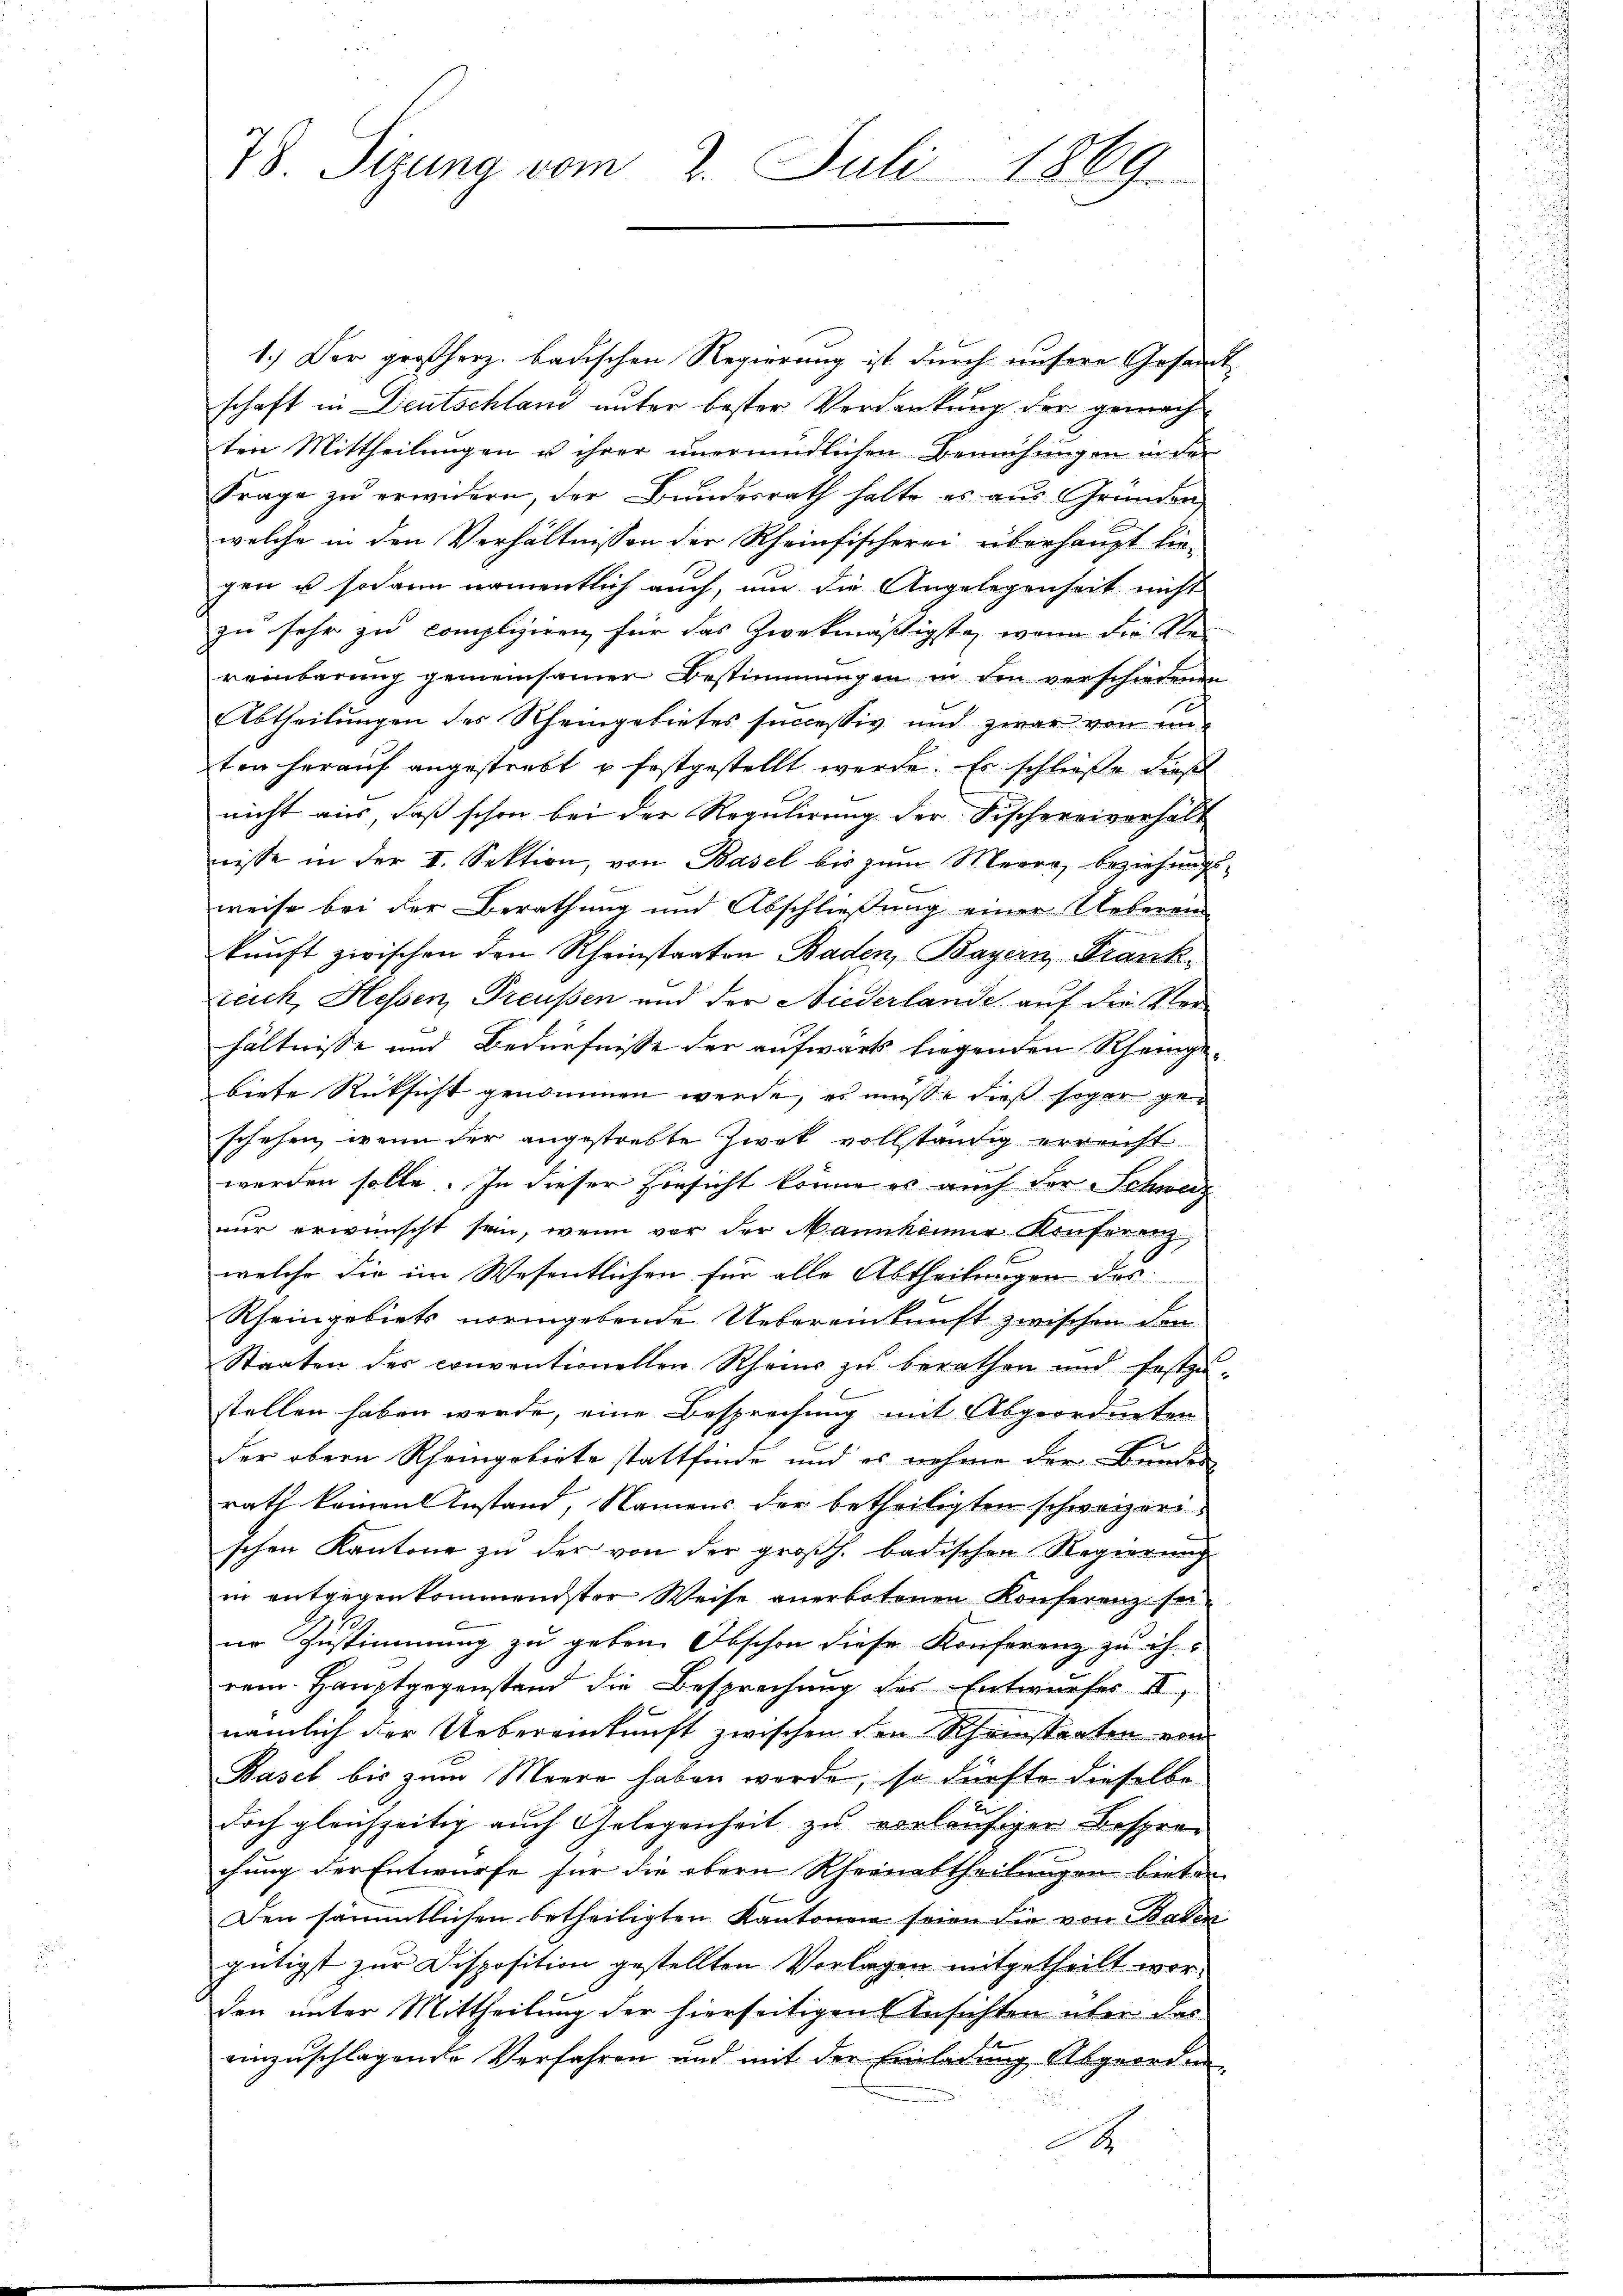
78. Sizung vom 2. Juli 1869.

1.) Der großherz. badischen Regierung ist durch unsere Gesandt
schaft in Deutschland unter bester Verdankung der gemach
ten Mittheilungen u ihrer unermündlichen Bemühungen in der
Frage zu erwidern, der Bundesrath halte es aus Gründen
welche in den Verhältnissen der Rheinfischerei überhaupt hie-
gen u sodann namentlich auch, um die Angelegenheit nicht
zu sehr zu compliziren für das Zweckmäßigste, wenn die Klei
reinbarung gemeinsamer Bestimmungen in den verschiedenen
Abtheilungen des Rheingebietes successiv und zwar von unten herauf angestrebt u. festgestellt werde. Es schließe dieses
nicht aus, daß schon bei der Regulirung der Fischereiverhalt
nisse in der I. Sektion, von Basel bis zŭm Meere, beziehŭngs-
weise bei der Berathung und Abschließung einer Ueberei
kunft zwischen den Rheinstaaten Baden, Bayern, Franksreich, Hessen, Preußen und der Niederlande auf die Verhältnisse und Bedürfnisse der aufwärts liegenden Scheingebiete Rücksicht genommen werde, es müße dies sogar geschehen, wenn der angestrebte Zwek vollständig erreicht
werden solle. In dieser Hinsicht könne es auch der Schweiz
nur erwünscht sein, wenn vor der Mannkönner Konferenz,
welche die im Wesentlichen für alle Abtheilungen des
Rheingebiets normgebende Uebereinkunft zwischen den
Staaten des conventionellen Rheins zu berathen und festzu-
Bernennun
stellen haben werde, eine Besprechung mit Abgeordneten
der obern Rheingebiete stattfinde und es nehme der Bunder
rath keinen Anstand, Namens der betheiligten schweizerischen Kantone zu der von der großh. badischen Regierung
in entgegenkommendster Weise anerbotenen Konferenz seine Zustimmung zu geben. Obschon diese Konferenz zu ih-
rem Hauptgegenstand die Besprechung des Entwurfes. II,
nämlich der Uebereinkunft zwischen den Scheinstaaten von
Basel bis zum Meere haben werde, so dürfte dieselbe
doch gleichzeitig auch Gelegenheit zu vorläufiger Besprochung der Entwurfe für die obern Rheinabtheilungen bieten
Den sämmtlichen betheiligten Kantonen seien die von Baden
gütigst zur Disposition gestellten Vorlagen mitgetheilt worden unter Mittheilung der hierseitigen Ansichten über das
einzuschlagende Verfahren und mit der Einladung Abgeordne¬
A